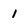
Character: 1